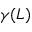
\gamma ( L )